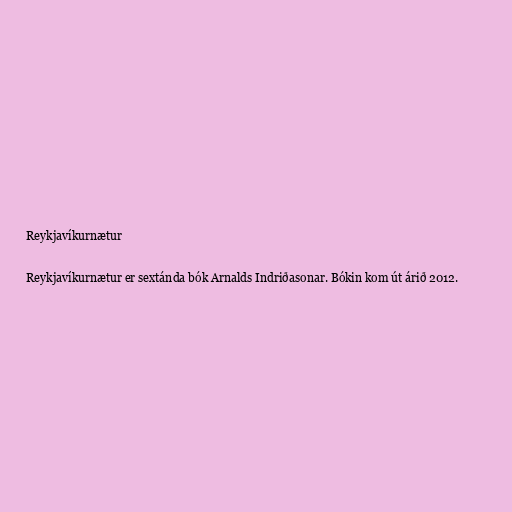
Reykjavíkurnætur

Reykjavíkurnætur er sextánda bók Arnalds Indriðasonar. Bókin kom út árið 2012.